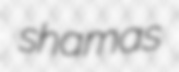
shamas